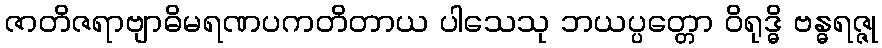
ဇာတိဇရာဗျာဓိမရဏပကတိတာယ ပါသေသု ဘယပ္ပတ္တော ဝိရုဒ္ဓိ ဗန္ဓရဇ္ဇု